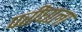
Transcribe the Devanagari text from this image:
परीघाला